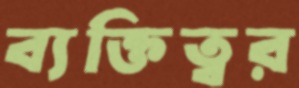
ব্যক্তিত্বর